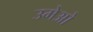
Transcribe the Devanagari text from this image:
उमेओ